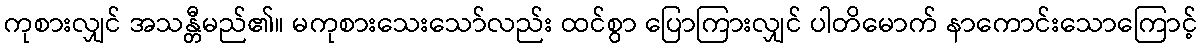
ကုစားလျှင် အသန္တီမည်၏။ မကုစားသေးသော်လည်း ထင်စွာ ပြောကြားလျှင် ပါတိမောက် နာကောင်းသောကြောင့်